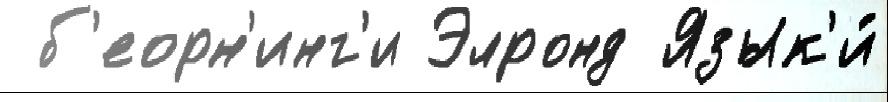
 б'еорн'инг'и Элронд Язык'и́